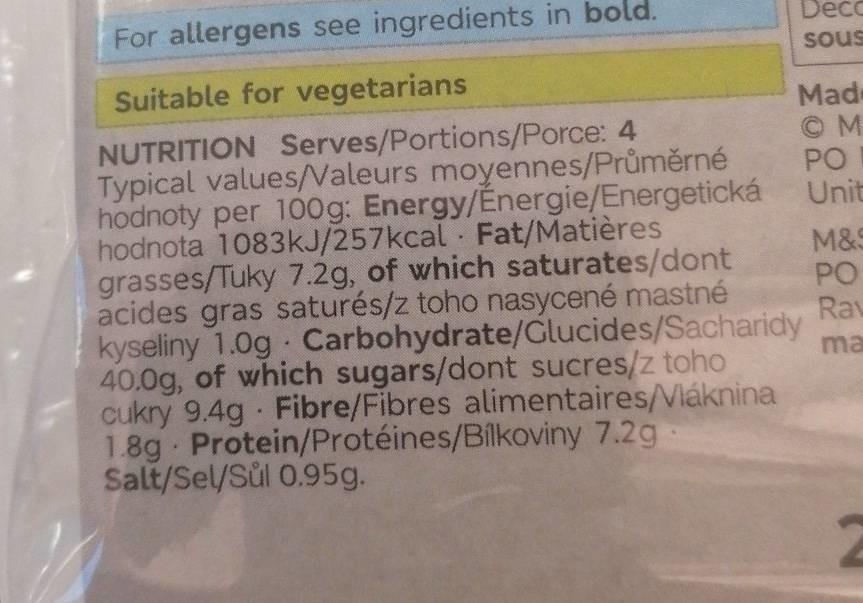
For allergens see ingredients in bold.
Deco
sous
Suitable for vegetarians
Made © M PO Unit
NUTRITION Serves/Portions/Porce: 4 Typical values/Valeurs moyennes/Průměrné hodnoty per 100g: Energy/Energie/Energetická hodnota 1083KJ/257kcal Fat/Matières grasses/Tuky 7.2g, of which saturates/dont acides gras saturés/z toho nasycené mastné kyseliny 1.0g Carbohydrate/Glucides/Sacharidy 40.0g, of which sugars/dont sucres/z toho cukry 9.4g Fibre/Fibres alimentaires/Vláknina 1.8g Protein/Protéines/Bilkoviny 7.2g Salt/Sel/Sůl 0.95g.
M&S PO Rav
ma